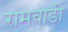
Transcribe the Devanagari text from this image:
रामवाडी